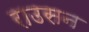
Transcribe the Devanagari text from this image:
राउसन